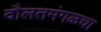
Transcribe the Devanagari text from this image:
दौलतमंगळचा